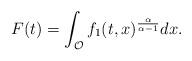
LaTeX: \begin{align*}F(t) = \int_{\mathcal{O}} f_1(t,x)^{\frac{\alpha}{\alpha -1}} dx .\end{align*}